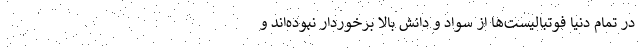
در تمام دنیا فوتبالیست‌ها از سواد و دانش بالا برخوردار نبوده‌اند و